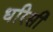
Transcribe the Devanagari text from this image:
धरिसी